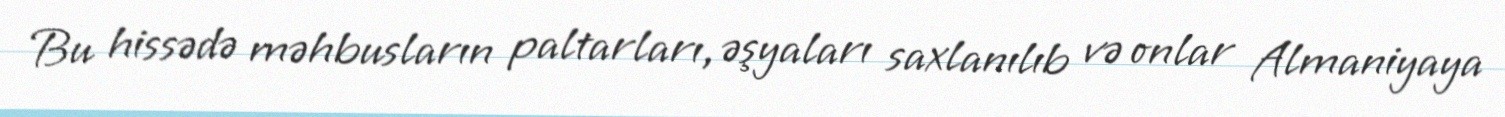
Bu hissədə məhbusların paltarları, əşyaları saxlanılıb və onlar Almaniyaya